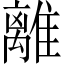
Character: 離